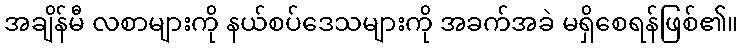
အချိန်မီ လစာများကို နယ်စပ်ဒေသများကို အခက်အခဲ မရှိစေရန်ဖြစ်၏။